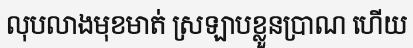
លុបលាងមុខមាត់ ស្រឡាបខ្លួនប្រាណ ហើយ